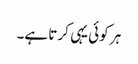
ہر کوئی یہی کرتا ہے۔